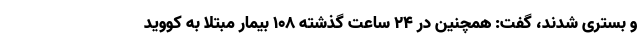
و بستری شدند، گفت: همچنین در ۲۴ ساعت گذشته ۱۰۸ بیمار مبتلا به کووید